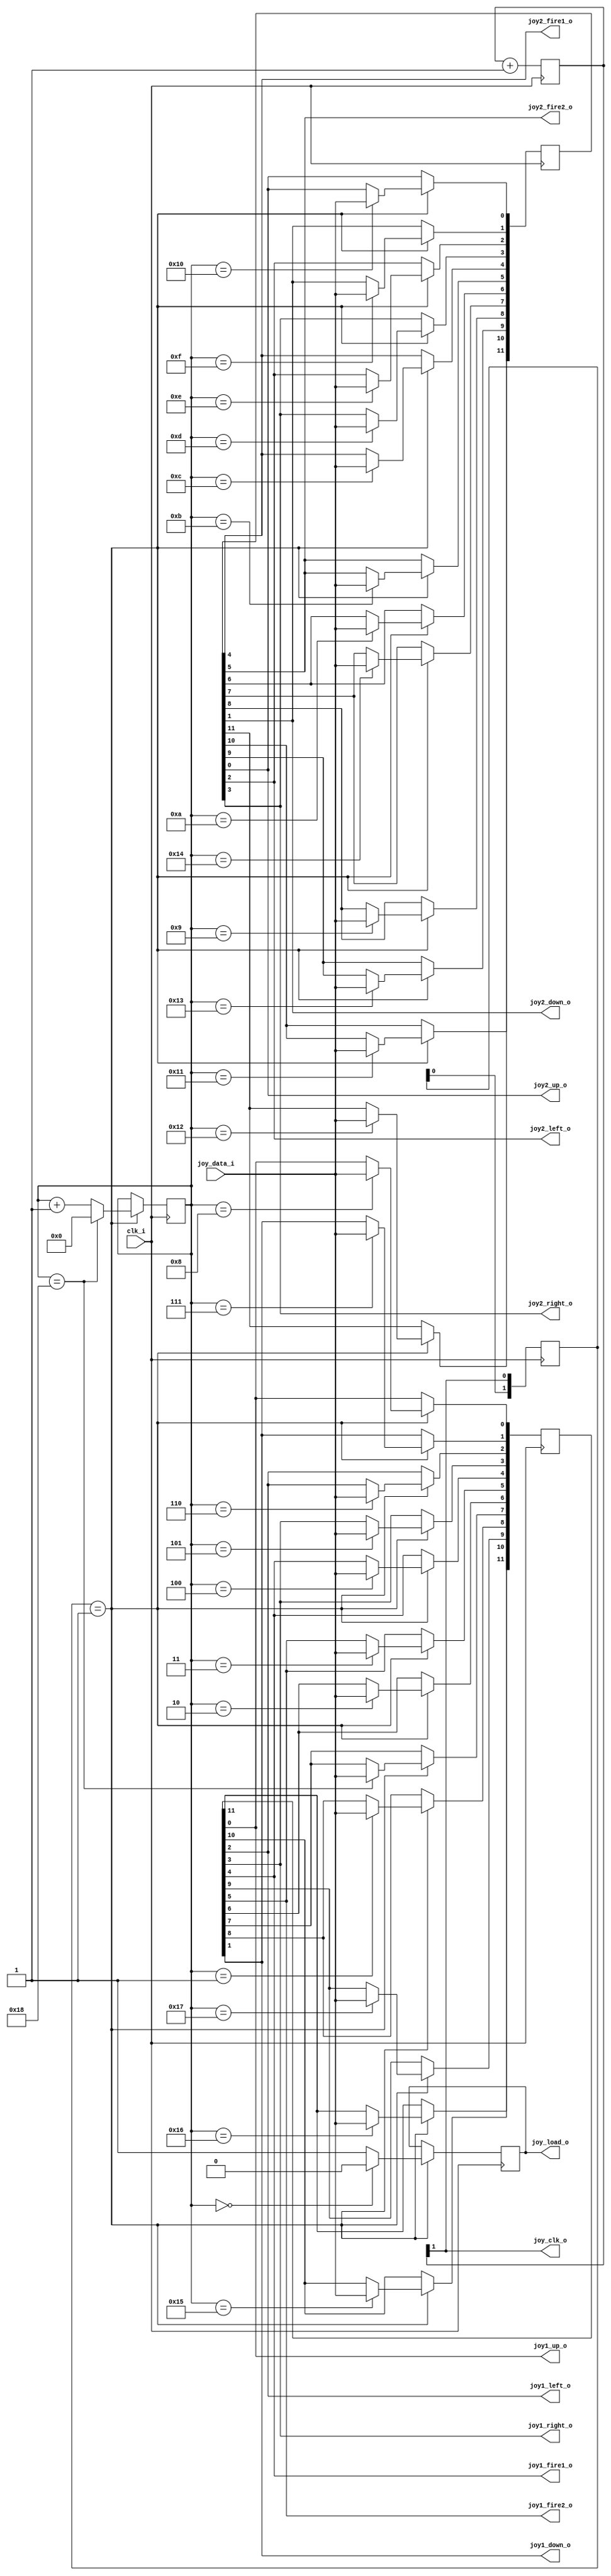
// This program was cloned from: https://github.com/jotego/jtcores
// License: GNU General Public License v3.0

/*
  
   Multicore 2 / Multicore 2+
  
   Copyright (c) 2017-2021 - Victor Trucco

  
   All rights reserved
  
   Redistribution and use in source and synthezised forms, with or without
   modification, are permitted provided that the following conditions are met:
  
   Redistributions of source code must retain the above copyright notice,
   this list of conditions and the following disclaimer.
  
   Redistributions in synthesized form must reproduce the above copyright
   notice, this list of conditions and the following disclaimer in the
   documentation and/or other materials provided with the distribution.
  
   Neither the name of the author nor the names of other contributors may
   be used to endorse or promote products derived from this software without
   specific prior written permission.
  
   THIS CODE IS PROVIDED BY THE COPYRIGHT HOLDERS AND CONTRIBUTORS "AS IS"
   AND ANY EXPRESS OR IMPLIED WARRANTIES, INCLUDING, BUT NOT LIMITED TO,
   THE IMPLIED WARRANTIES OF MERCHANTABILITY AND FITNESS FOR A PARTICULAR
   PURPOSE ARE DISCLAIMED. IN NO EVENT SHALL THE AUTHOR OR CONTRIBUTORS BE
   LIABLE FOR ANY DIRECT, INDIRECT, INCIDENTAL, SPECIAL, EXEMPLARY, OR
   CONSEQUENTIAL DAMAGES (INCLUDING, BUT NOT LIMITED TO, PROCUREMENT OF
   SUBSTITUTE GOODS OR SERVICES; LOSS OF USE, DATA, OR PROFITS; OR BUSINESS
   INTERRUPTION) HOWEVER CAUSED AND ON ANY THEORY OF LIABILITY, WHETHER IN
   CONTRACT, STRICT LIABILITY, OR TORT (INCLUDING NEGLIGENCE OR OTHERWISE)
   ARISING IN ANY WAY OUT OF THE USE OF THIS SOFTWARE, EVEN IF ADVISED OF THE
   POSSIBILITY OF SUCH DAMAGE.
  
   You are responsible for any legal issues arising from your use of this code.
  
*/
module joystick_serial
(
    input  wire clk_i,     
    input  wire joy_data_i,
    output wire joy_clk_o,  
    output wire joy_load_o, 

    output wire joy1_up_o,
    output wire joy1_down_o,
    output wire joy1_left_o,
    output wire joy1_right_o,
    output wire joy1_fire1_o,
    output wire joy1_fire2_o,

    output wire joy2_up_o,
    output wire joy2_down_o,
    output wire joy2_left_o,
    output wire joy2_right_o,
    output wire joy2_fire1_o,
    output wire joy2_fire2_o
);
  
wire clk_en;
reg [1:0] clk_cnt = 2'd0;

always @(posedge clk_i)
begin
    clk_cnt <= clk_cnt + 2'd1;
end
assign clk_en = clk_cnt[1];

reg [11:0] joy1  = 12'hFFF;
reg [11:0] joy2  = 12'hFFF;   
reg        joy_renew = 1'b1;
reg [4:0]  joy_count = 5'd0;

assign joy_clk_o    = clk_en;
assign joy_load_o   = joy_renew;

assign joy1_up_o    = joy1[0];     
assign joy1_down_o  = joy1[1];
assign joy1_left_o  = joy1[2];
assign joy1_right_o = joy1[3];
assign joy1_fire1_o = joy1[4];
assign joy1_fire2_o = joy1[5];

assign joy2_up_o    = joy2[0];   
assign joy2_down_o  = joy2[1];
assign joy2_left_o  = joy2[2];
assign joy2_right_o = joy2[3];
assign joy2_fire1_o = joy2[4];
assign joy2_fire2_o = joy2[5];

reg [1:0] clk_enab;

always @(posedge clk_i) 
begin 

    clk_enab <= {clk_enab[0], clk_en};

    if ( clk_enab == 2'b01 )
        begin

        if (joy_count == 5'd0) 
          begin
           joy_renew <= 1'b0;
          end 
        else 
          begin
           joy_renew <= 1'b1;
          end
          
`ifdef MCP
        if (joy_count == 5'd15) 
`else        
        if (joy_count == 5'd24) 
`endif        
          begin
             joy_count <= 5'd0;
          end
        else 
          begin
             joy_count <= joy_count + 1'd1;
          end   

`ifdef MCP
        case (joy_count)
            5'd15 : joy1[0]  <= joy_data_i;   //  1p up
            5'd14 : joy1[4]  <= joy_data_i;   //  1p fire1
            5'd13 : joy1[1]  <= joy_data_i;   //  1p down
            5'd12 : joy1[2]  <= joy_data_i;   //  1p left
            5'd11 : joy1[3]  <= joy_data_i;   //  1p right
            5'd10 : joy1[5]  <= joy_data_i;   //  1p fire2
                                        
            5'd7  : joy2[0]  <= joy_data_i;   //  2p up
            5'd6  : joy2[4]  <= joy_data_i;   //  2p fire1
            5'd5  : joy2[1]  <= joy_data_i;   //  2p down
            5'd4  : joy2[2]  <= joy_data_i;   //  2p left
            5'd3  : joy2[3]  <= joy_data_i;   //  2p right
            5'd2  : joy2[5]  <= joy_data_i;   //  2p fire2
        endcase 
        
        joy1[11:6] <= 6'b111111;
        joy2[11:6] <= 6'b111111;    
`else
         case (joy_count)
            5'd1  : joy1[8]  <= joy_data_i;   //  1p start
            5'd2  : joy1[6]  <= joy_data_i;   //  1p fire3
            5'd3  : joy1[5]  <= joy_data_i;   //  1p fire2
            5'd4  : joy1[4]  <= joy_data_i;   //  1p fire1
            5'd5  : joy1[3]  <= joy_data_i;   //  1p right
            5'd6  : joy1[2]  <= joy_data_i;   //  1p left
            5'd7  : joy1[1]  <= joy_data_i;   //  1p down
            5'd8  : joy1[0]  <= joy_data_i;   //  1p up
            5'd9  : joy2[8]  <= joy_data_i;   //  2p start
            5'd10 : joy2[6]  <= joy_data_i;   //  2p fire3
            5'd11 : joy2[5]  <= joy_data_i;   //  2p fire2
            5'd12 : joy2[4]  <= joy_data_i;   //  2p fire1
            5'd13 : joy2[3]  <= joy_data_i;   //  2p right
            5'd14 : joy2[2]  <= joy_data_i;   //  2p left
            5'd15 : joy2[1]  <= joy_data_i;   //  2p down
            5'd16 : joy2[0]  <= joy_data_i;   //  2p up
            5'd17 : joy2[10] <= joy_data_i;   //  2p select
            5'd18 : joy2[11] <= joy_data_i;   //  test
            5'd19 : joy2[9]  <= joy_data_i;   //  2p coin
            5'd20 : joy2[7]  <= joy_data_i;   //  2p fire4
            5'd21 : joy1[10] <= joy_data_i;   //  1p select
            5'd22 : joy1[11] <= joy_data_i;   //  service
            5'd23 : joy1[9]  <= joy_data_i;   //  1p coin
            5'd24 : joy1[7]  <= joy_data_i;   //  1p fire4
         endcase 
`endif
    end
end
endmodule